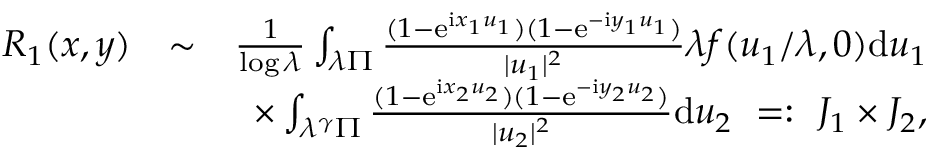
\begin{array} { r l r } { R _ { 1 } ( \boldsymbol { x } , \boldsymbol { y } ) } & { \sim } & { \frac { 1 } { \log \lambda } \int _ { \lambda \Pi } \frac { ( 1 - \mathrm e ^ { \mathrm i x _ { 1 } u _ { 1 } } ) ( 1 - \mathrm e ^ { - \mathrm i y _ { 1 } u _ { 1 } } ) } { | u _ { 1 } | ^ { 2 } } \lambda f ( u _ { 1 } / \lambda , 0 ) \mathrm d u _ { 1 } } \\ & { } & { \times \int _ { \lambda ^ { \gamma } \Pi } \frac { ( 1 - \mathrm e ^ { \mathrm i x _ { 2 } u _ { 2 } } ) ( 1 - \mathrm e ^ { - \mathrm i y _ { 2 } u _ { 2 } } ) } { | u _ { 2 } | ^ { 2 } } \mathrm d u _ { 2 } \ = : \ J _ { 1 } \times J _ { 2 } , } \end{array}